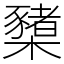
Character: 櫫